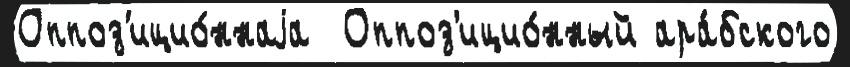
Оппоз'ицио́ннаjа  Оппоз'ицио́нный ара́бского